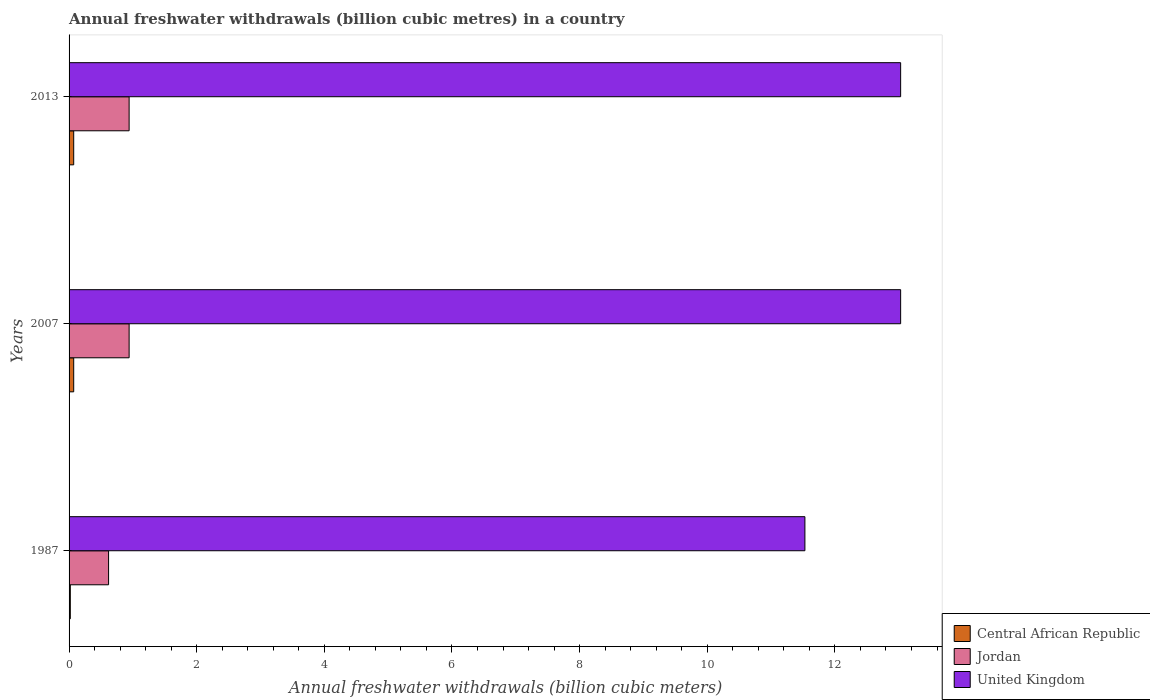
| Years | Central African Republic | Jordan | United Kingdom |
 | --- | --- | --- | --- |
 | 1987 | 0.0194 | 0.619 | 11.5 |
 | 2007 | 0.0725 | 0.941 | 13 |
 | 2013 | 0.0725 | 0.941 | 13 |